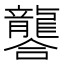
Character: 𮯚